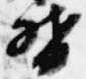
督